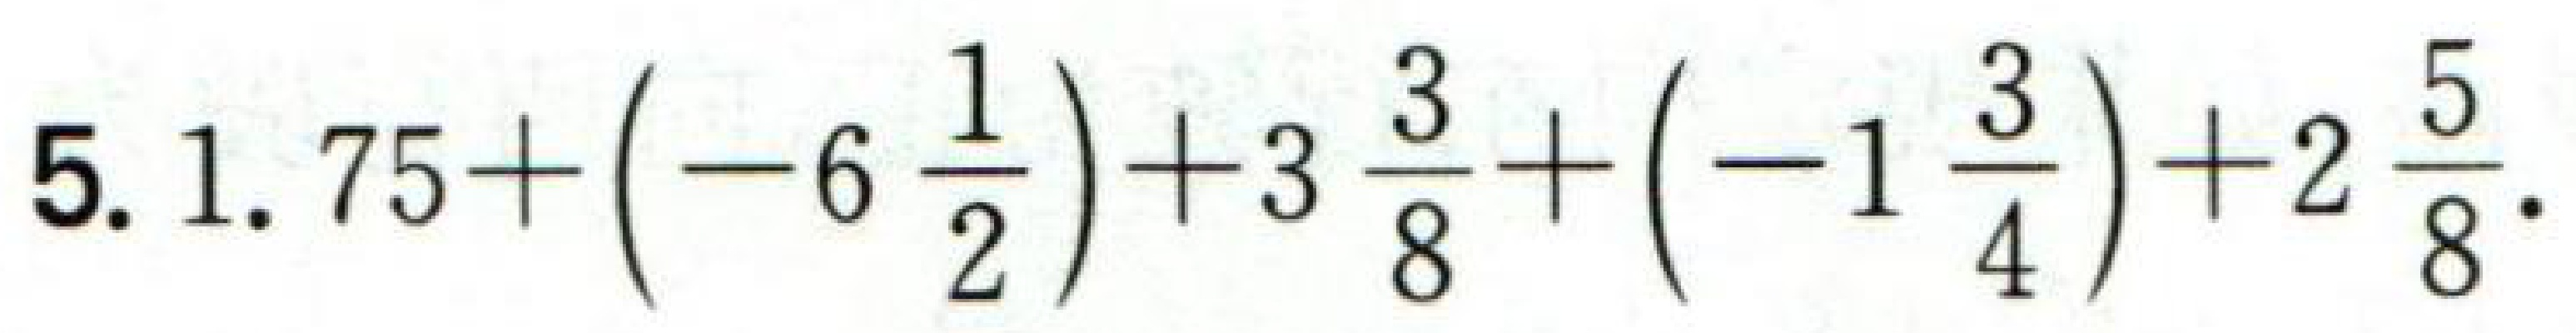
$5.1.75+\left(-6\frac{1}{2}\right)+3\frac{3}{8}+\left(-1\frac{3}{4}\right)+2\frac{5}{8}.$